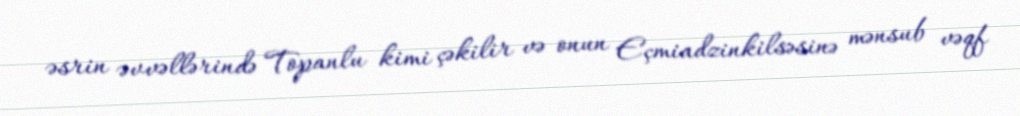
əsrin əvvəllərində Topanlu kimi çəkilir və onun Eçmiadzinkilsəsinə mənsub vəqf